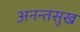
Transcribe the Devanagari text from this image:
अनन्तसुख